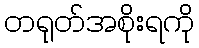
တရုတ်အစိုးရကို